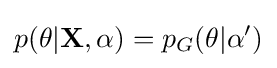
p(\theta |\mathbf {X} ,\alpha )=p_{G}(\theta |\alpha ')